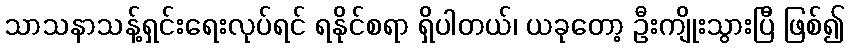
သာသနာသန့်ရှင်းရေးလုပ်ရင် ရနိုင်စရာ ရှိပါတယ်၊ ယခုတော့ ဦးကျိုးသွားပြီ ဖြစ်၍